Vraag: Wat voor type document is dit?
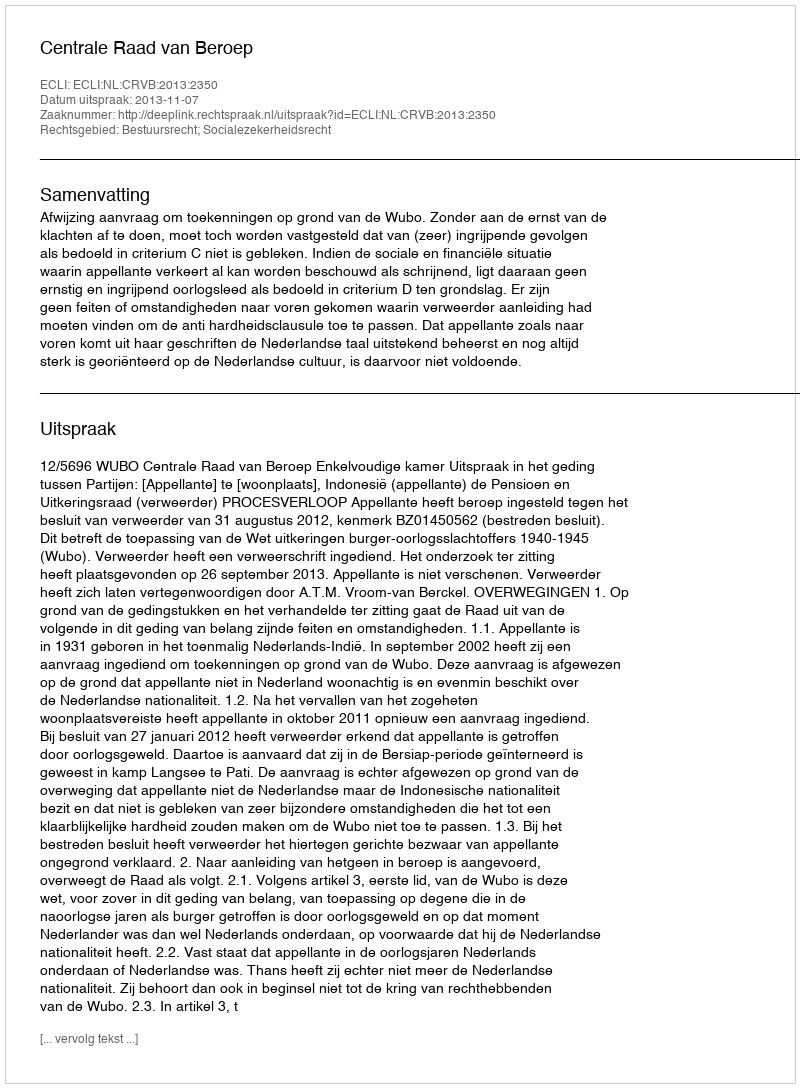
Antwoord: Uitspraak